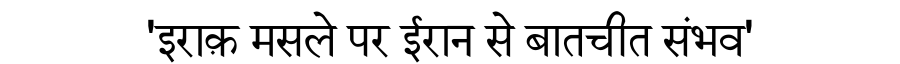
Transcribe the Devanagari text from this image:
'इराक़ मसले पर ईरान से बातचीत संभव'